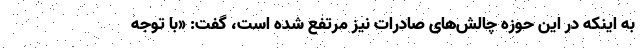
به اینکه در این حوزه چالش‌های صادرات نیز مرتفع شده است، گفت: «با توجه